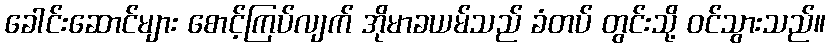
ခေါင်းဆောင်များ စောင့်ကြပ်လျက် အိုမာခယမ်သည် ခံတပ် တွင်းသို့ ဝင်သွားသည်။